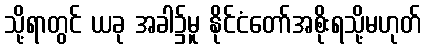
သို့ရာတွင် ယခု အခါ၌မူ နိုင်ငံတော်အစိုးရသို့မဟုတ်